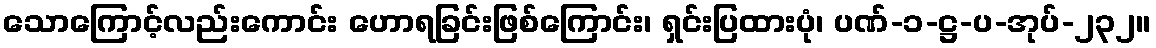
သောကြောင့်လည်းကောင်း ဟောရခြင်းဖြစ်ကြောင်း၊ ရှင်းပြထားပုံ၊ ပဏ်-၁-ဋ္ဌ-ပ-အုပ်-၂၃၂။